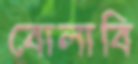
বোলাবি